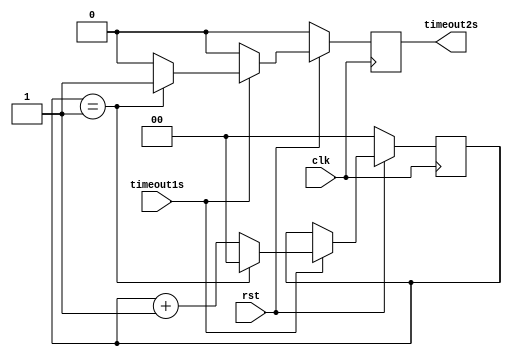

module counter2s(timeout1s, clk, rst, timeout2s);
input clk, rst, timeout1s;
output reg timeout2s;
reg [1:0]count;
always @(posedge clk)
  begin
    if(rst==0)
      begin
        count<=2'h0;
        timeout2s<=1'b0;
      end
    else
      begin
        timeout2s<=1'b0;
        if(timeout1s==1)
          begin
            count<=count+2'h1;
            if(count==2'h1)
              begin
                timeout2s<=1'b1;
                count<=2'h0;
              end
            else
              begin
                timeout2s<=1'b0;
              end
          end
      end
  end
endmodule